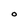
Character: O